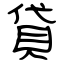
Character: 貸